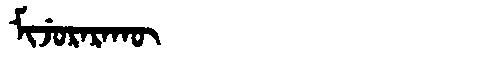
Manchu: ᠮᡳᠵᡠᡵᠠᡵᠠᡴᡡ
Romanization: MIJURARAKŪ